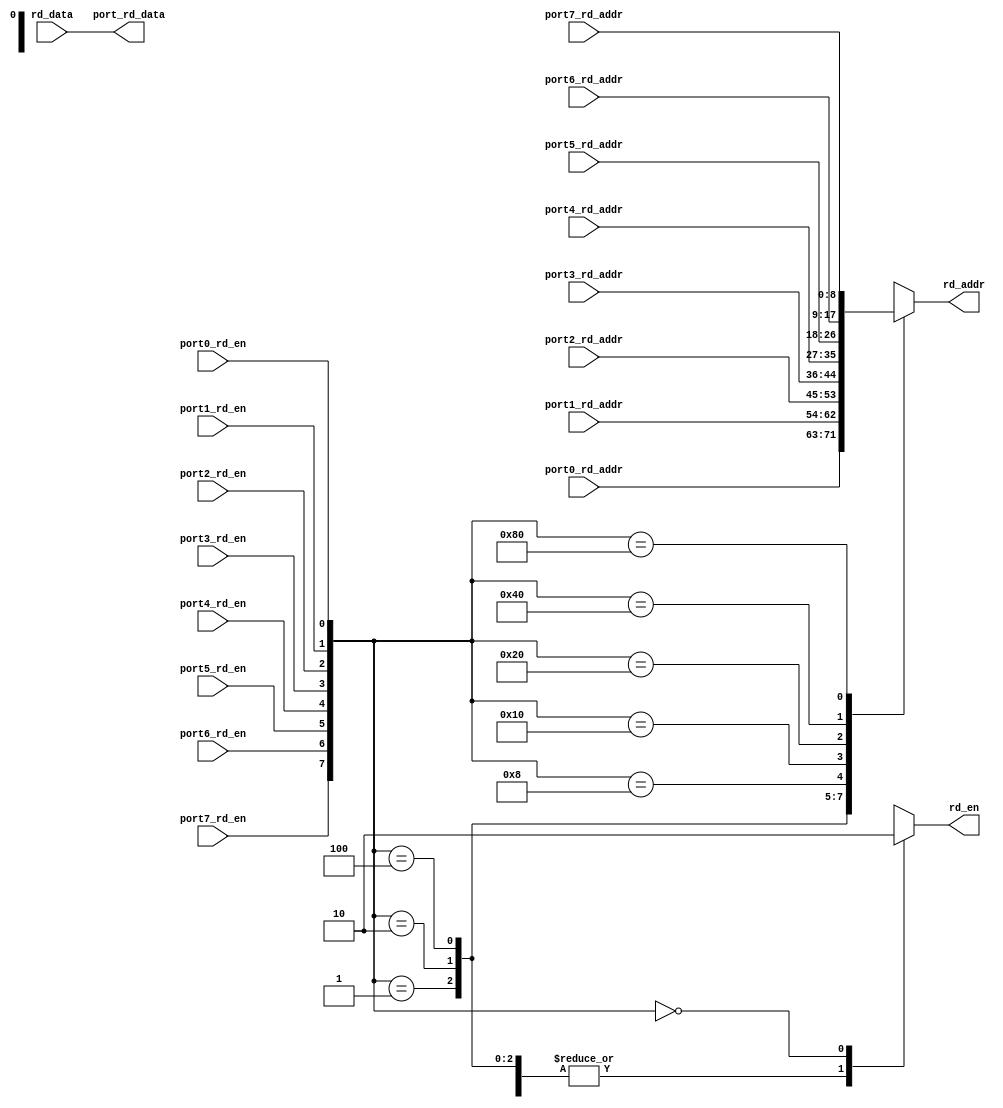
module sgpr_simx_rd_port_mux (
  port0_rd_en,
  port0_rd_addr,

  port1_rd_en,
  port1_rd_addr,

  port2_rd_en,
  port2_rd_addr,

  port3_rd_en,
  port3_rd_addr,
  
  port4_rd_en,
  port4_rd_addr,

  port5_rd_en,
  port5_rd_addr,

  port6_rd_en,
  port6_rd_addr,

  port7_rd_en,
  port7_rd_addr,
  
  port_rd_data,

  rd_addr,
  rd_en,
  rd_data
);

  input         port0_rd_en;
  input [8:0]   port0_rd_addr;
  input         port1_rd_en;
  input [8:0]   port1_rd_addr;
  input         port2_rd_en;
  input [8:0]   port2_rd_addr;
  input         port3_rd_en;
  input [8:0]   port3_rd_addr;
  input         port4_rd_en;
  input [8:0]   port4_rd_addr;
  input         port5_rd_en;
  input [8:0]   port5_rd_addr;
  input         port6_rd_en;
  input [8:0]   port6_rd_addr;
  input         port7_rd_en;
  input [8:0]   port7_rd_addr;
  
  input [31:0]  rd_data;
  
  output [31:0] port_rd_data;
  output [8:0]  rd_addr;
  output rd_en;

  reg [8:0]     rd_addr;
  reg rd_en;

  assign port_rd_data = rd_data;
  
  always @ (
    port0_rd_en or
    port1_rd_en or
    port2_rd_en or
    port3_rd_en or
    port4_rd_en or
    port5_rd_en or
    port6_rd_en or
    port7_rd_en or
    port0_rd_addr or
    port1_rd_addr or
    port2_rd_addr or
    port3_rd_addr or
    port4_rd_addr or
    port5_rd_addr or
    port6_rd_addr or
    port7_rd_addr
  ) begin
    casex({port7_rd_en,port6_rd_en,port5_rd_en,port4_rd_en,port3_rd_en,port2_rd_en,port1_rd_en,port0_rd_en})
      8'b0000_0001:
        begin
          rd_addr <= port0_rd_addr;
          rd_en <= 1'b1;
        end
      8'b0000_0010:
        begin
          rd_addr <= port1_rd_addr;
          rd_en <= 1'b1;
        end
      8'b0000_0100:
        begin
          rd_addr <= port2_rd_addr;
          rd_en <= 1'b1;
        end
      8'b0000_1000:
        begin
          rd_addr <= port3_rd_addr;
          rd_en <= 1'b1;
        end
      8'b0001_0000:
        begin
          rd_addr <= port4_rd_addr;
          rd_en <= 1'b1;
        end
      8'b0010_0000:
        begin
          rd_addr <= port5_rd_addr;
          rd_en <= 1'b1;
        end
      8'b0100_0000:
        begin
          rd_addr <= port6_rd_addr;
          rd_en <= 1'b1;
        end
      8'b1000_0000:
        begin
          rd_addr <= port7_rd_addr;
          rd_en <= 1'b1;
        end
      8'b0000_0000:
        begin
          rd_addr <= {9{1'bx}};
          rd_en <= 1'b0;
        end
      default:
        begin
          rd_addr <= {9{1'bx}};
          rd_en <= 1'bx;
        end
    endcase
  end

endmodule